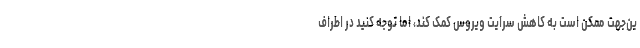
ین‌جهت ممکن است به کاهش سرایت ویروس کمک کند، اما توجه کنید در اطراف